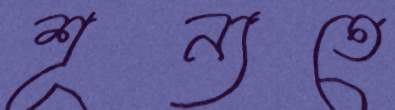
শূন্যতে